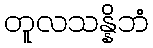
တူလသန္နိဘံ